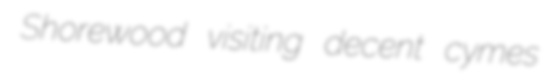
Shorewood visiting decent cymes